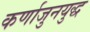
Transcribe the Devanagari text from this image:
कर्णाजुनयुद्ध